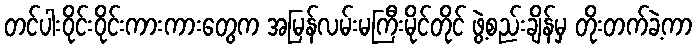
တင်ပါးဝိုင်းဝိုင်းကားကားတွေက အမြန်လမ်းမကြီးမိုင်တိုင် ဖွဲ့စည်းချိန်မှ တိုးတက်ခဲ့ကာ